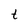
Character: t